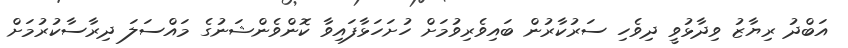
އަބްދު ރިޔާޒު ވިދާޅުވީ ދިވެހި ސަރުކާރުން ބައިވެރިވުމަށް ހުށަހަޅާފައިވާ ކޮންވެންޝަނުގެ މައްސަލަ ދިރާސާކުރުމަށް